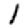
Digit: 1